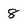
Character: 8